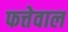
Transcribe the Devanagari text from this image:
फत्तेवाल